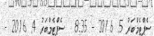
ސެޕްޓެމްބަރު 5